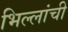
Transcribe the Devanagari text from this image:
भिल्लांची